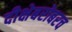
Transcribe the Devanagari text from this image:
दीक्षेबरोबरच